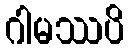
ဂါမဿပိ